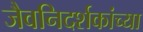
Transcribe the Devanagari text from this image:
जैवनिदर्शकांच्या